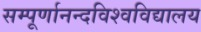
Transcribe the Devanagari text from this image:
सम्पूर्णानन्दविश्वविद्यालय